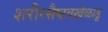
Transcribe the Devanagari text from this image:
शरीरसैष्ठवखेळाडू